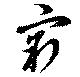
窮